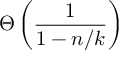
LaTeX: \Theta \left( { \frac { 1 } { 1 - n / k } } \right)